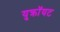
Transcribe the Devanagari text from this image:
युक्रॉयट